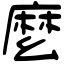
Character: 麼